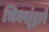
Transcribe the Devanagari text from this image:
भिक्खूंद्वारे